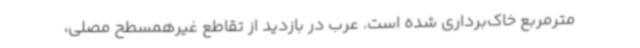
مترمربع خاک‌برداری شده است. عرب در بازدید از تقاطع غیرهمسطح مصلی،